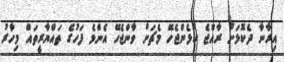
އިރާނާ ދެކޮޅަށް ރާއްޖެ ކުޅެންޖެހޭ މެޗަށް ވާންޖެހޭ އެންމެ ފަހުގެ ތައްޔާރީތައް މިހާރު